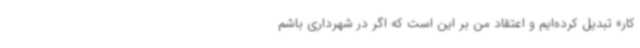
کار» تبدیل کرده‌ایم و اعتقاد من بر این است که اگر در شهرداری باشم